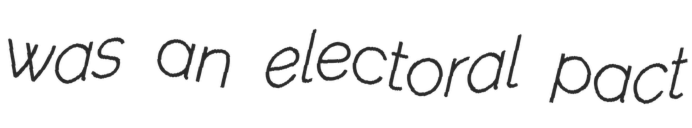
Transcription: was an electoral pact